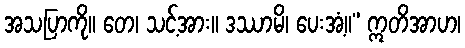
အသပြာကို။ တေ၊ သင့်အား။ ဒဿာမိ၊ ပေးအံ့။” ဣတိအာဟ၊